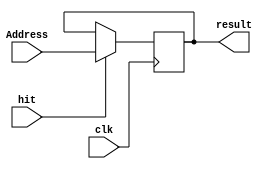
`timescale 1ns / 1ps

//////////////////////////////////////////////////////////////////////////////////
// fullname : Milad Nooraei
// student number : 9935701
// Computer Architecture HomeWork 3
//////////////////////////////////////////////////////////////////////////////////

module PC(
	input [31:0]Address,
	input clk , hit,
	
	output reg [31:0]result
    );
	 
	 always@(posedge clk)
	 begin
		if(hit == 1)
			result = Address;
	 end

endmodule